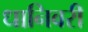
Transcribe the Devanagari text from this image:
धानिवरी